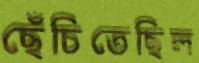
ছেঁচিতেছিল